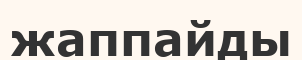
жаппайды